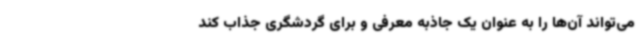
می‌تواند آن‌ها را به عنوان یک جاذبه معرفی و برای گردشگری جذاب کند